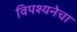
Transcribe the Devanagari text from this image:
विपश्यनेचा